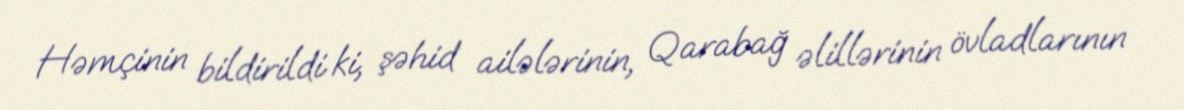
Həmçinin bildirildi ki, şəhid ailələrinin, Qarabağ əlillərinin övladlarının